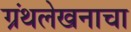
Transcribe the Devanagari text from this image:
ग्रंथलेखनाचा